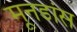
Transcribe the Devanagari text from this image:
मूनडांस